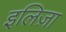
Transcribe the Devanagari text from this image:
इलिज़ा